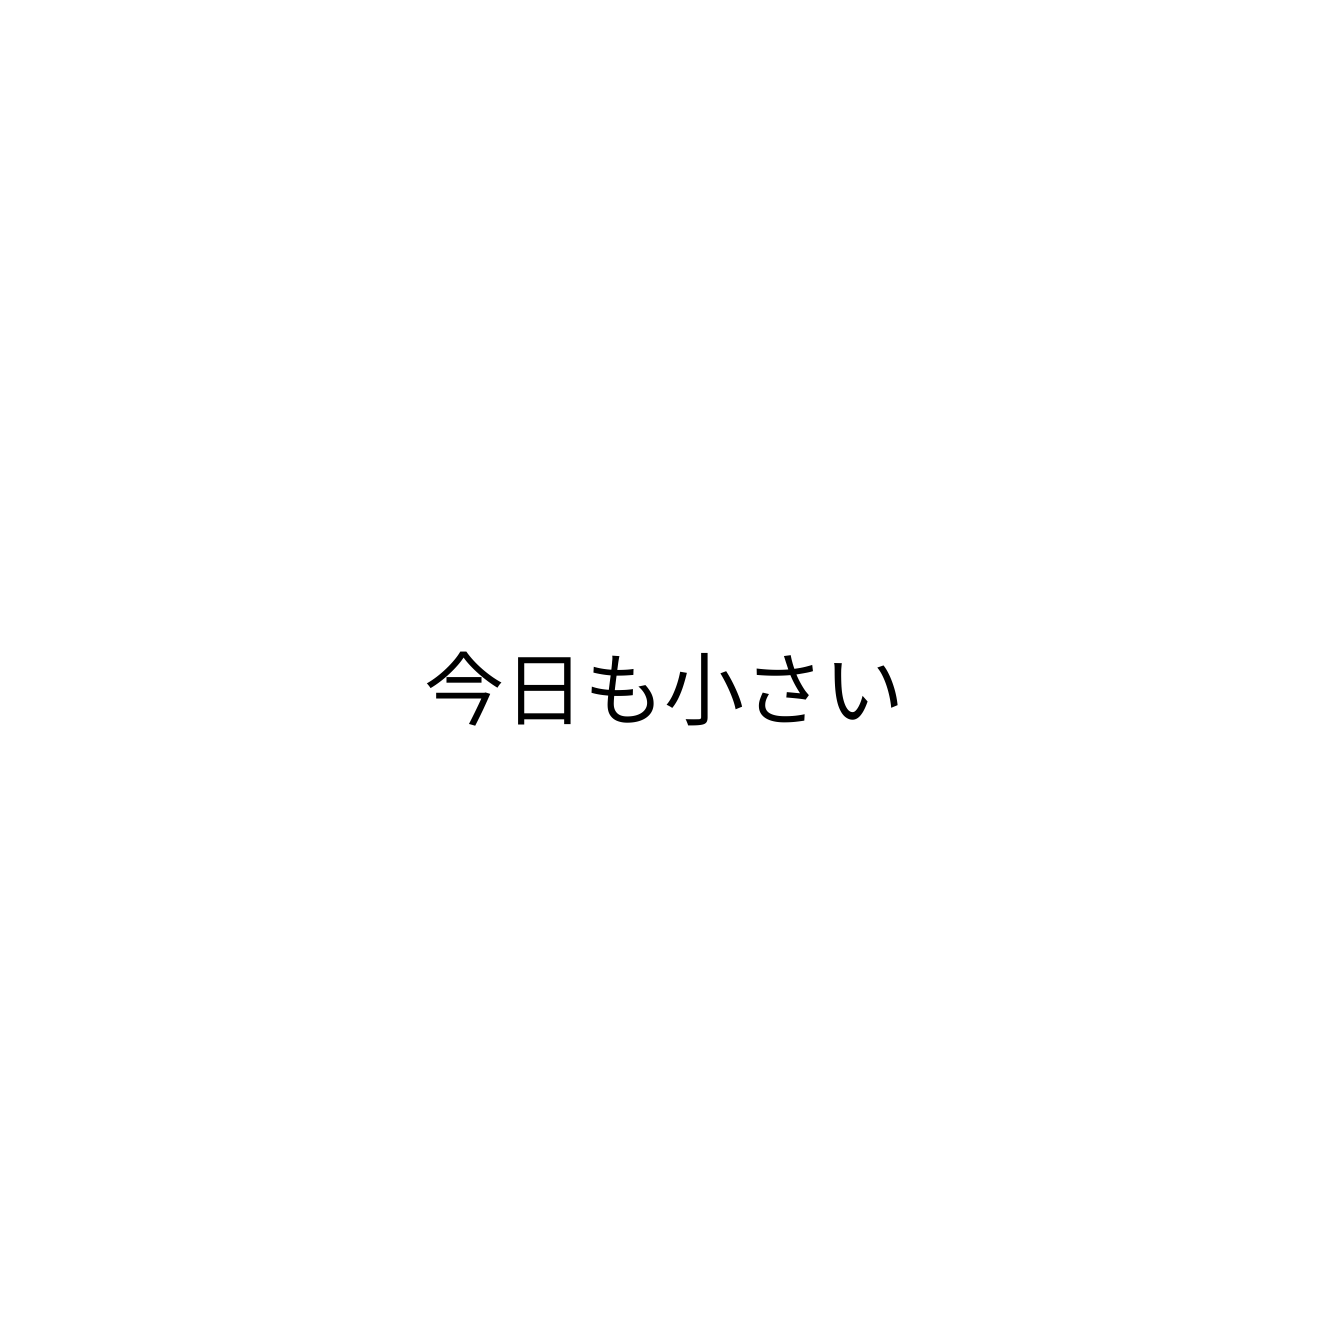
今日も小さい